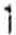
1